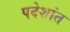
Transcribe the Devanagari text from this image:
पदेशांत